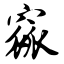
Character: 窳